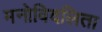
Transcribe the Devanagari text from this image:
मनोविदलिता